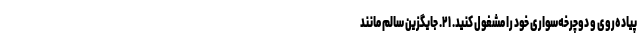
پیاده‌روی و دوچرخه‌سواری خود را مشغول کنید. ۲۱. جایگزین سالم مانند